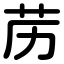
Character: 苈